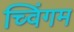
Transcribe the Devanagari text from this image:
च्विंगम